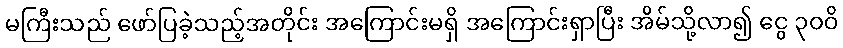
မကြီးသည် ဖော်ပြခဲ့သည့်အတိုင်း အကြောင်းမရှိ အကြောင်းရှာပြီး အိမ်သို့လာ၍ ငွေ ၃၀၀ိ